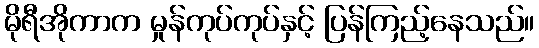
မိုရီအိုကာက မှုန်ကုပ်ကုပ်နှင့် ပြန်ကြည့်နေသည်။